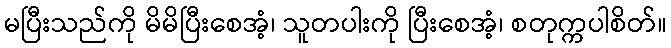
မပြီးသည်ကို မိမိပြီးစေအံ့၊ သူတပါးကို ပြီးစေအံ့၊ စတုက္ကပါစိတ်။